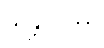
သန္တာပိတာ